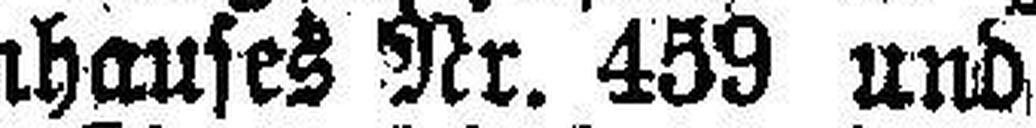
statt u. zw. des Wohnhauses Nr. 459 und des Wohn¬